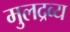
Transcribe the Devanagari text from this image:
मुलद्रव्य